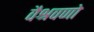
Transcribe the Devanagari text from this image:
वैश्रवणो